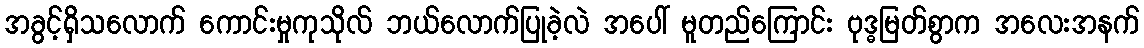
အခွင့်ရှိသလောက် ကောင်းမှုကုသိုလ် ဘယ်လောက်ပြုခဲ့လဲ အပေါ် မူတည်ကြောင်း ဗုဒ္ဓမြတ်စွာက အလေးအနက်